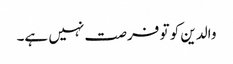
والدین کو تو فرصت نہیں ہے۔